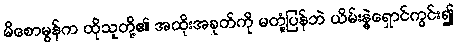
မိစောမွန်က ထိုသူတို့၏ အထိုးအခုတ်ကို မတုံ့ပြန်ဘဲ ယိမ်းနွဲ့ရှောင်ကွင်း၍